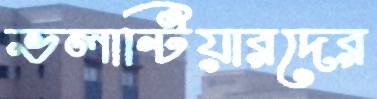
ভলান্টিয়ারদের